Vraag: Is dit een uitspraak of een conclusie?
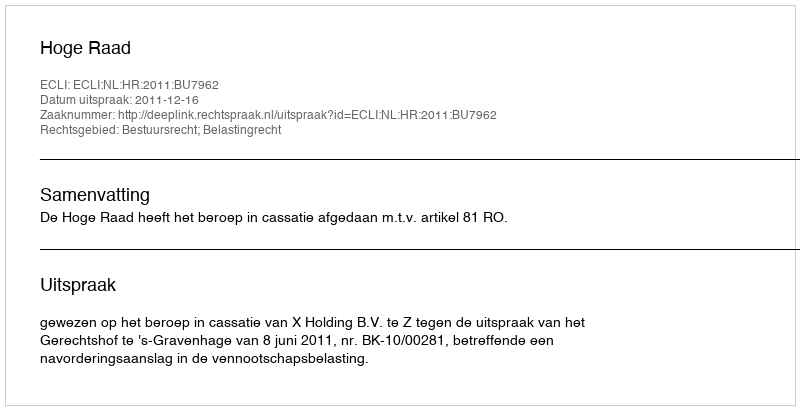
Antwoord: Uitspraak